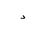
Letter: _dal